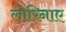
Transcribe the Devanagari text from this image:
लोरिनाए